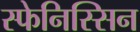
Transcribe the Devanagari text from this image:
स्फेनिस्सिन